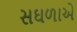
સઘળાએ